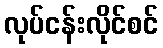
လုပ်ငန်းလိုင်စင်